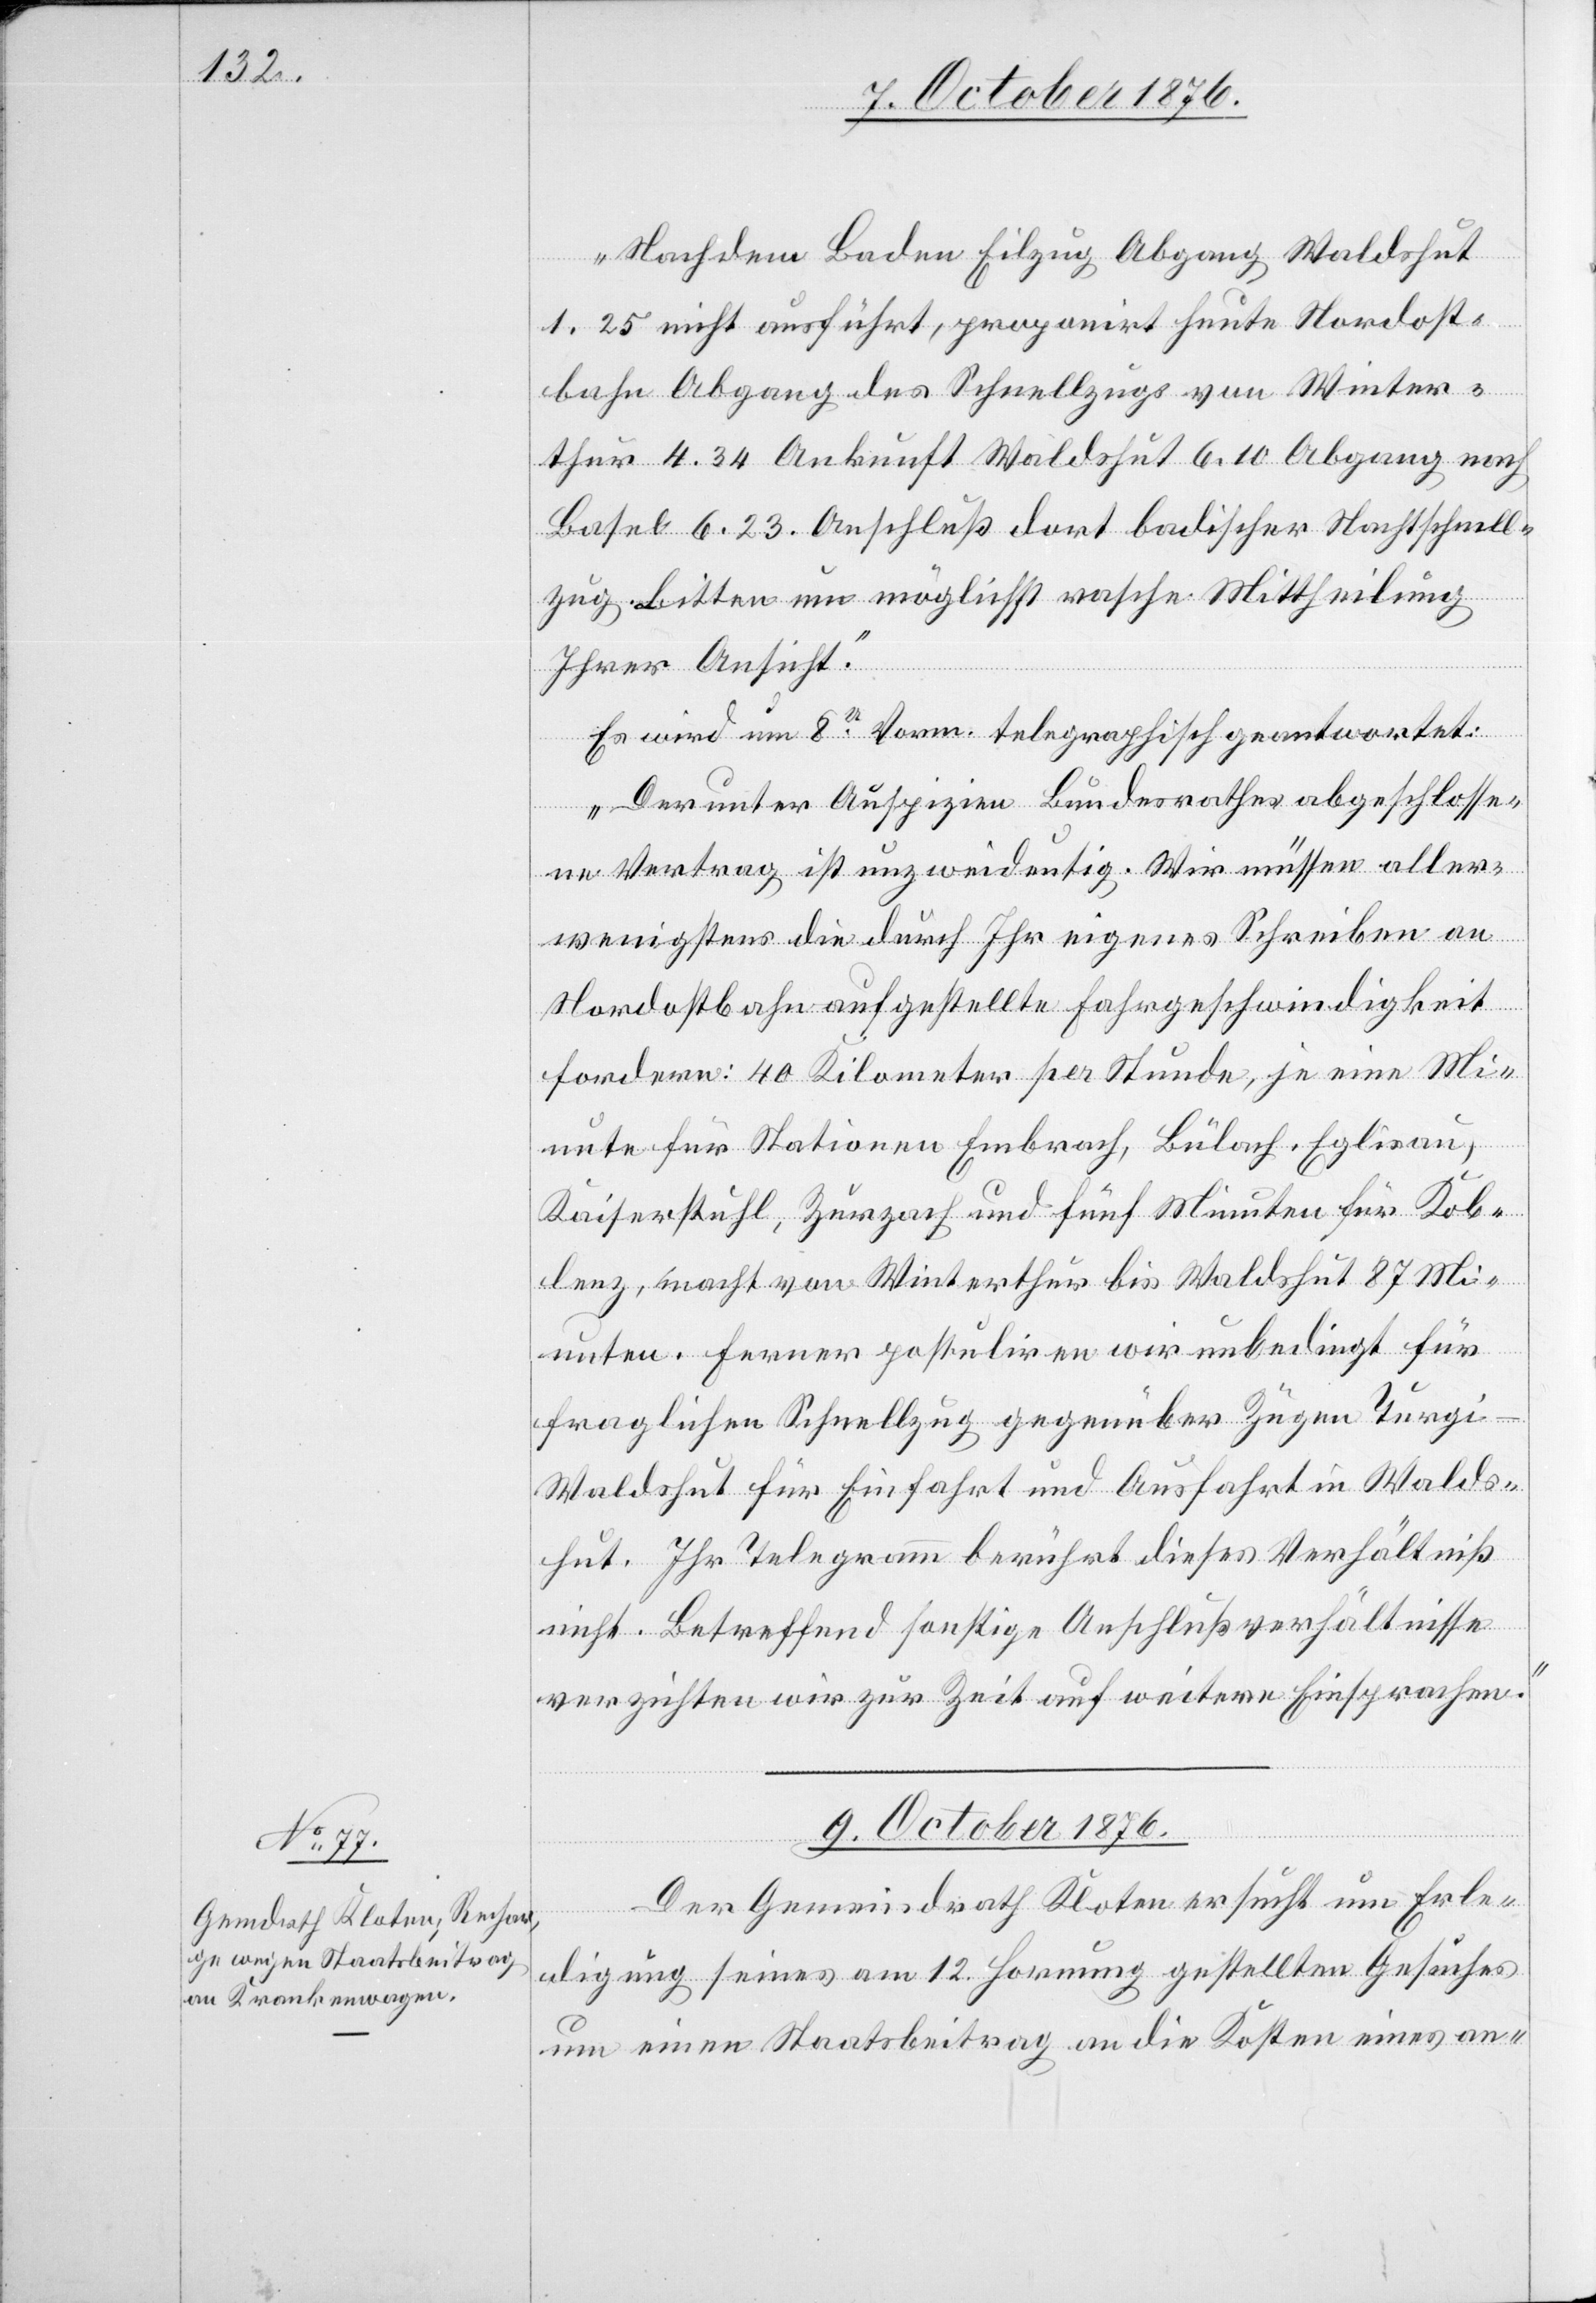
„Nachdem Baden Eilzug Abgang Waldshut
1.25 nicht ausführt, proponirt heute Nordost¬
bahn Abgang des Schnellzugs von Winter¬
thur 4.34 Ankunft Waldshut 6.10 Abgang nach
Basel 6.23. Anschluß dort badischer Nachtschnell¬
zug. Bitten um möglichst rasche Mittheilung
Ihrer Ansicht.“
Es wird um 8U Vorm. telegraphisch geantwortet:
„Der unter Auspizien Bundesrathes abgeschlosse¬
ne Vertrag ist unzweideutig. Wir müssen aller¬
wenigstens die durch Ihr eigenes Schreiben an
Nordostbahn aufgestellte Fahrgeschwindigkeit
fordern: 40 Kilometer per Stunde, je eine Mi¬
nute für Stationen Embrach, Bülach, Eglisau,
Kaiserstuhl, Zurzach und fünf Minuten für Kob¬
lenz, macht von Winterthur bis Waldshut 87 Mi¬
nuten. Ferner postuliren wir unbedingt für
fraglichen Schnellzug gegenüber Zügen Turg¬
i–Waldshut für Einfahrt und Ausfahrt in Walds¬
hut. Ihr Telegramm berührt dieses Verhältniß
nicht. Betreffend sonstige Anschlußverhältnisse
verzichten wir zur Zeit auf weitere Einsprachen.“
9. October 1876.
Der Gemeindrath Kloten ersucht um Erle¬
digung seines am 12. Hornung gestellten Gesuches
um einen Staatsbeitrag an die Kosten eines an-